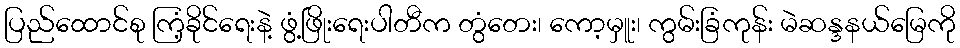
ပြည်ထောင်စု ကြံ့ခိုင်ရေးနဲ့ ဖွံ့ဖြိုးရေးပါတီက တွံတေး၊ ကော့မှူး၊ ကွမ်းခြံကုန်း မဲဆန္ဒနယ်မြေကို